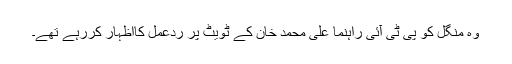
وہ منگل کو پی ٹی آئی راہنما علی محمد خان کے ٹویٹ پر ردعمل کااظہار کررہے تھے۔